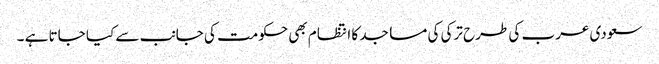
سعودی عرب کی طرح ترکی کی مساجد کا انتظام بھی حکومت کی جانب سے کیا جاتا ہے ۔